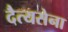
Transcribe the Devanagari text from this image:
दैत्यसेना